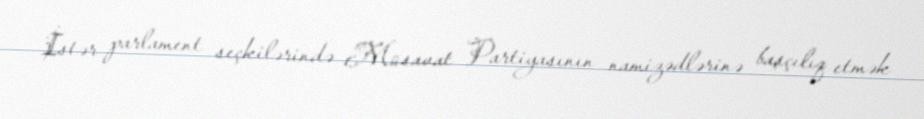
İstər parlament seçkilərində Müsavat Partiyasının namizədlərinə başçılıq etmək